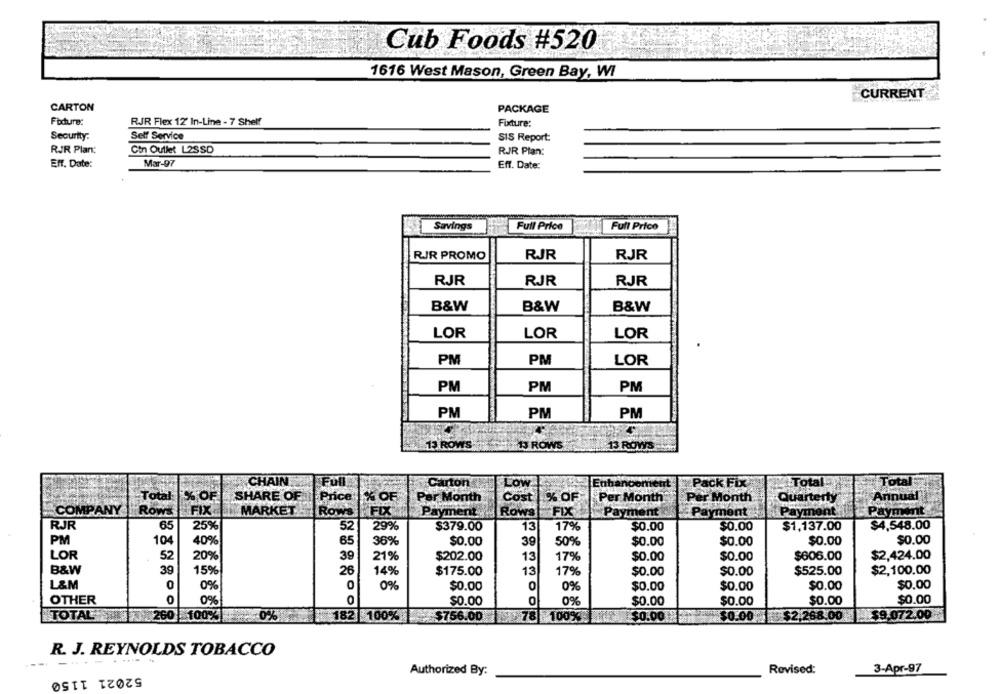
Cub Foods #520
1616 West Mason, Green Bay, WI
CURRENT
CARTON
PACKAGE
Fidure:
RJR Flex 12' In-Line - 7 Shelf
Fixture:
Security:
Self Service
SIS Report:
RJR Plan:
Ctn Outlet L2SSD
RJR Plan:
Eff. Date:
Mar-97
Eff. Date:
Savings
Full Price
Full Price
RIR PROMO
RJR
RJR
RJR
RJR
RJR
B&W
B&W
B&W
LOR
LOR
LOR
PM
PM
LOR
PM
PM
PM
PM
PM
PM
13 ROWS
1.13 ROWS
13 ROWS
CHAIN
Full
Carton
Pack Fix
Total
Tota
Total
OF
SHARE OF
Price
% OF
Per Month
Cost
% OF
Per Month
Quarterly
Annual
Per Month
Mor
COMPANY
Rows
FIX
MARKET
Rows
FIX
Payment
Rows
FIX
Payment
Payment
Payment
Payment
RJR
65
259
52
29%
$379.00
13
17%
$0.00
$0.00
$1,137.00
$4,548.00
PM
104
65
36%
$0.00
39
50%
$0.00
$0.00
$0.00
$0.00
LOR
52
20%
39
21%
$202.00
13
17%
$0.00
$0.00
$606.00
$2,424.00
B&W
39
15%
26
14%
$175.00
13
17%
$0.00
$0.00
$525.00
$2,100.00
L&M
0
0%
0
0%
$0.00
0
0%
$0.00
$0.00
$0.00
$0.00
OTHER
0
0%
0
$0.00
0%
$0.00
$0.00
$0.00
$0.00
TOTAL
260 100%
0%
182 100%
$756.00 78 1009
$0.00
$0.00
$2,268.00
$9.072.00
R. J. REYNOLDS TOBACCO
.....
Authorized By:
Revised:
3-Apr-97
52021 1150